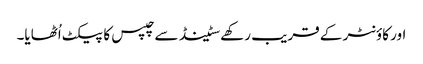
اور کاؤنٹر کے قریب رکھے سٹینڈ سے چپس کا پیکٹ اُٹھایا۔